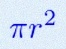
\pi r^2